Plague in India, 1896, 1897 - Volume 1
Year: 1896
Disease focus: Plague
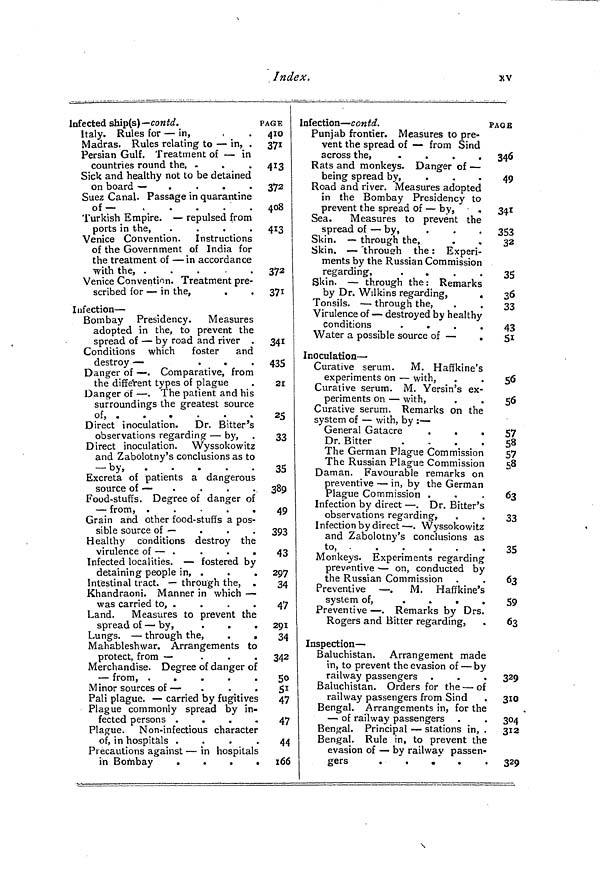
Index.
xv
Infected ship(s)— contd.
Italy. Rules for — in,
Madras. Rules relating to — in, .
Persian Gulf. Treatment of — in
countries round the, -
Sick and healthy not to be detained
on board —
.
.
.
.
Suez Canal. Passage in quarantine
of—
Turkish Empire. — repulsed from
ports in the,
.
.
.
.
Venice Convention. Instructions
of the Government of India for
the treatment of — in accordance
with the, .
.
.
.
.
Venice Convention. Treatment pre-
scribed for — in the,
Infection —
Bombay Presidency.
Measures
adopted in the, to prevent the
spread of — by road and river .
Conditions which
foster
and
destroy —
.
.
.
Danger of — . Comparative, from
the different types of plague
Dancer of — . The patient and his
surroundings the greatest source
of,
Direct inoculation. Dr. Bitter's
observations regarding — by,
Direct inoculation. Wyssokowitz
and Zabolotny's conclusions as to
by,
Excreta of patients a dangerous
source of —
Food-stuffs. Degree of danger of
— from, .
.
.
.
.
Grain and other food-stuffs a pos-
sible source of —
Healthy conditions destroy the
virulence of — .
.
.
.
Infected localities. — fostered by
detaining people in, .
Intestinal tract. — through the, .
Khandraoni. Manner in which —
was carried to, .
Land.
Measures to prevent the
spread of — by,
Lungs. — through the,
.
.
Mahableshwar. Arrangements to
protect, from —
.
.
.
Merchandise. Degree of danger of
— from, .
.
.
.
.
Minor sources of —
Pali plague. — carried by fugitives
Plague commonly spread by in-
fected persons .
Plague. Non-infectious character
of, in hospitals
.
.
Precautions against — in hospitals
in Bombay
.
.
.
.
PAGE
410
371
413
372
408
413
372
371
341
435
21
25
33
35J
389
49
393
43
297
34
47
291
34
342
50
51
47
47
44
166
Infection — contd.
Punjab frontier. Measures to pre-
vent the spread of — from Sind
across the,
.
.
.
.
Rats and monkeys. Danger of —
being spread by,
Road and river. Measures adopted
in the Bombay Presidency to
prevent the spread of — by,
Sea.
Measures to prevent the
spread of — by,
Skin. — through the,
.
,
Skin. — through the : Experi-
ments by the Russian Commission
regarding,
.
.
.
.
Skin. — through the: Remarks
by Dr. Wilkins regarding,
.
Tonsils. — through the,
Virulence of — destroyed by healthy
conditions
.
.
.
.
Water a possible source of —
.
Inoculation-
Curative serum.
M. Haffkine's
experiments on — with,
Curative serum. M. Yersin's ex-
periments on — with,
Curative serum. Remarks on the
system of — with, by : —
General Gatacre
.
.
.
Dr. Bitter
.
.
.
.
The German Plague Commission
The Russian Plague Commission
Daman. Favourable remarks on
preventive — in, by the German
Plague Commission .
Infection by direct — . Dr. Bitter's
observations regarding,
Infection by direct — . Wyssokowitz
and Zabolotny's conclusions as
to,
Monkeys. Experiments regarding
preventive — on, conducted by
the Russian Commission
Preventive — . M. Haffkine's
system of,
.
.
.
.
Preventive — . Remarks by Drs.
Rogers and Bitter regarding,
Inspection —
Baluchistan. Arrangement made
in, to prevent the evasion of — by
railway passengers
Baluchistan. Orders for the — of
railway passengers from Sind
Bengal. Arrangements in, for the
— of railway passengers
Bengal. Principal — stations in, .
Bengal. Rule in, to prevent the
evasion of — by railway passen-
gers
.
.
.
PAGE
346
49
341
353
32
35
36
33
43
51
56So
56
57
58
57
58
63
33
35
63
59
63
329
310
304
312
329